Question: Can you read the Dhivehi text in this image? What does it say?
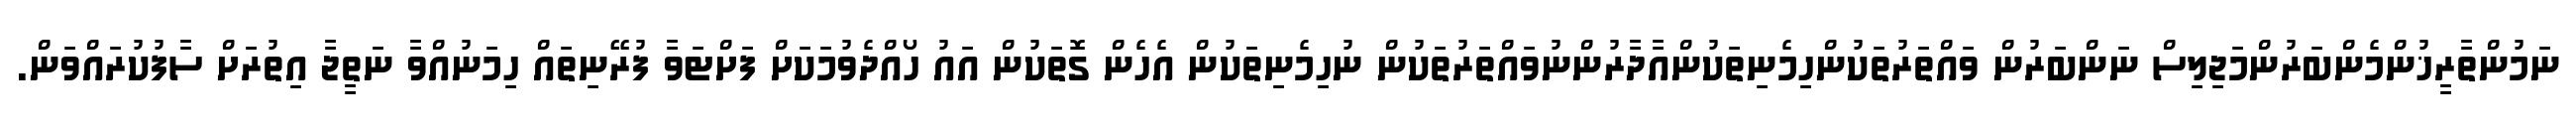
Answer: ނަމުންތާރީޚުންމެންބަރުންމަޖިލިސް ނަންބަރުން ވައްތަރުތަކުންހިމެނިތަކުންއާދާރުންނުވައްތަރުތަކުން ނުހިމެނިތަކުން އެހެން ގޮތަކުން އައު ހޯއްދެވުމަކަށް ފަށްޓަވާ ފުރޭނިތައް ހިމަނުއްވާ ނަތީޖާ އިތުރަށް ސާފުކުރައްވަން.